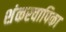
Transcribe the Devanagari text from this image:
शंकरवापिका